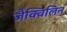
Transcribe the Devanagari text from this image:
जैक्विलिन